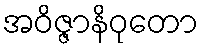
အဝိဇ္ဇာနိဝုတော